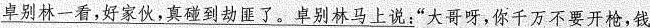
“卓别林一看，好家伙，真碰到劫匪了。卓别林马上说：”大哥呀，你千万不要开枪，钱